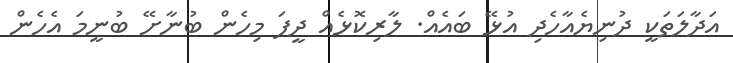
އަދާލަތަކީ ދުނިޔެއާހެދި އުޅޭ ބައެއް. ލާރިކޮޅެއް ދީފަ މިހެން ބުނާށޭ ބުނީމަ އެހެން